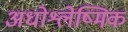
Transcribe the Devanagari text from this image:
अधोश्लेष्मिक